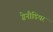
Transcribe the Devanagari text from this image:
ग्रेनौडियर